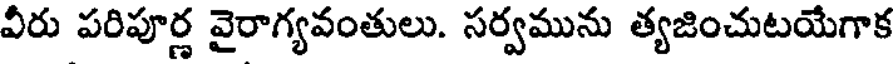
వీరు పరిపూర్ణ వైరాగ్యవంతులు. సర్వమును త్యజించుటయేగాక